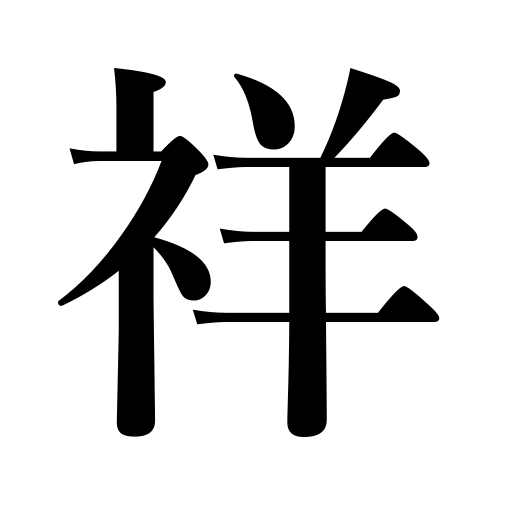
Meanings: happiness